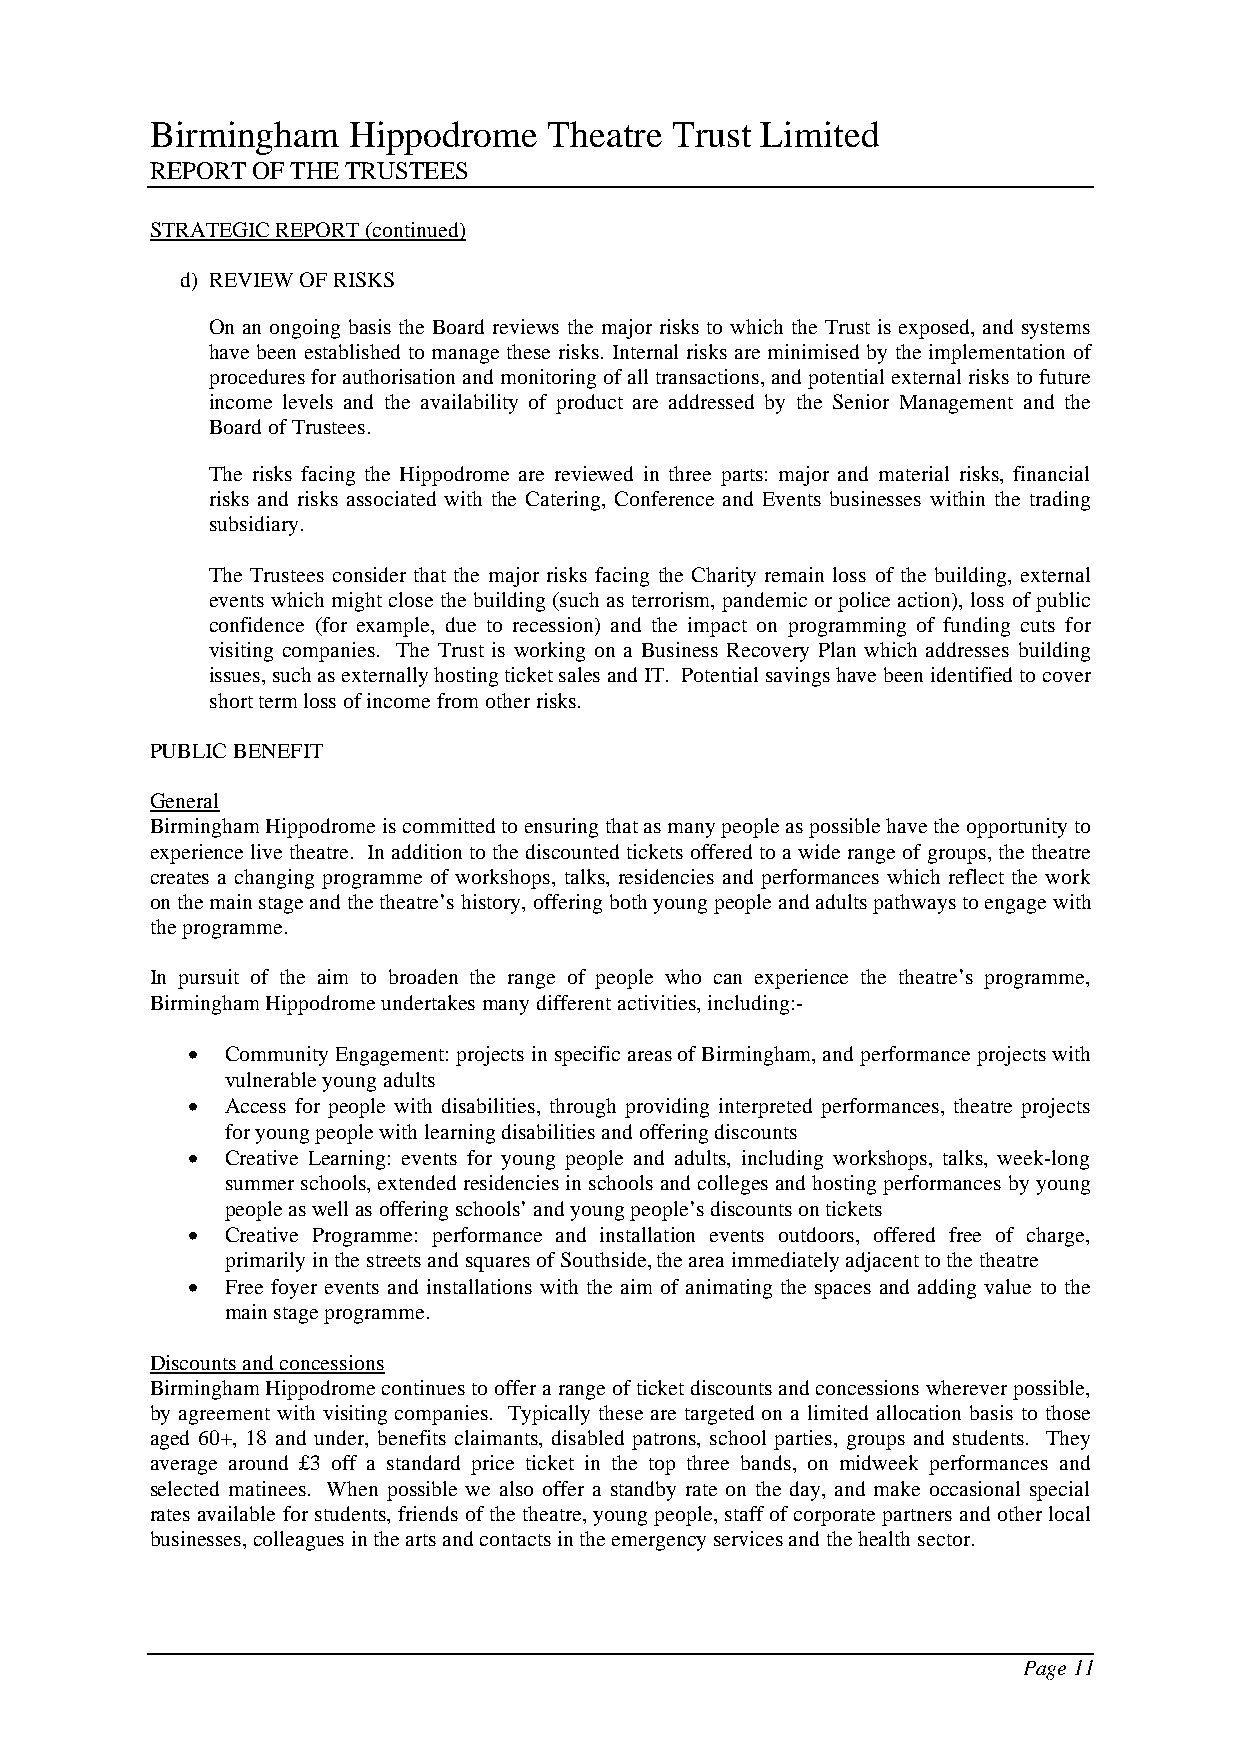
Birmingham   Hippodrome   Theatre Trust Limited
 REPORT OF THE TRUSTEES
 STRATEGIC REPORT (continued)
 d) REVIEW OF RISKS
 On an ongoing basis the Board reviews the major risks to which the Trust is exposed, and systems
 have been established to manage these risks. Internal risks are minimised by the implementation of
 procedures for authorisation and monitoring of all transactions, and potential external risks to future
 income levels and the availability of product are addressed by the Senior Management and the
 Board of Trustees.
 The risks facing the Hippodrome are reviewed in three parts: major and material risks, financial
 risks and risks associated with the Catering, Conference and Events businesses within the trading
 subsidiary.
 The Trustees consider that the major risks facing the Charity remain loss of the building, external
 events which might close the building (such as terrorism, pandemic or police action), loss of public
 confidence (for example, due to recession) and the impact on programming of funding cuts for
 visiting companies. The Trust is working on a Business Recovery Plan which addresses building
 issues, such as externally hosting ticket sales and IT. Potential savings have been identified to cover
 short term loss of income from other risks.
 PUBLIC BENEFIT
 General
 Birmingham Hippodrome is committed to ensuring that as many people as possible have the opportunity to
 experience live theatre. In addition to the discounted tickets offered to a wide range of groups, the theatre
 creates a changing programme of workshops, talks, residencies and performances which reflect the work
 on the main stage and the theatre’s history, offering both young people and adults pathways to engage with
 the programme.
 In pursuit of the aim to broaden the range of people who can experience the theatre’s programme,
 Birmingham Hippodrome undertakes many different activities, including:-
 •  Community Engagement: projects in specific areas of Birmingham, and performance projects with
 vulnerable young adults
 •  Access for people with disabilities, through providing interpreted performances, theatre projects
 for young people with learning disabilities and offering discounts
 •  Creative Learning: events for young people and adults, including workshops, talks, week-long
 summer schools, extended residencies in schools and colleges and hosting performances by young
 people as well as offering schools’ and young people’s discounts on tickets
 •  Creative Programme: performance and installation events outdoors, offered free of charge,
 primarily in the streets and squares of Southside, the area immediately adjacent to the theatre
 •  Free foyer events and installations with the aim of animating the spaces and adding value to the
 main stage programme.
 Discounts and concessions
 Birmingham Hippodrome continues to offer a range of ticket discounts and concessions wherever possible,
 by agreement with visiting companies. Typically these are targeted on a limited allocation basis to those
 aged 60+, 18 and under, benefits claimants, disabled patrons, school parties, groups and students. They
 average around £3 off a standard price ticket in the top three bands, on midweek performances and
 selected matinees. When possible we also offer a standby rate on the day, and make occasional special
 rates available for students, friends of the theatre, young people, staff of corporate partners and other local
 businesses, colleagues in the arts and contacts in the emergency services and the health sector.
 Page 11